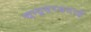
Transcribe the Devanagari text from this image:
चन्द्रवरबदाई